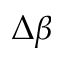
\Delta \beta